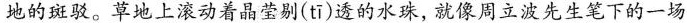
地的斑驳。草地上滚动着晶莹剔( tī )透的水珠，就像周立波先生笔下的一场